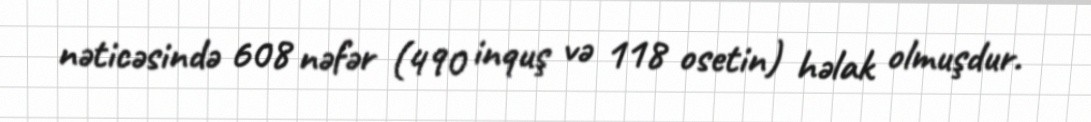
nəticəsində 608 nəfər (490 inquş və 118 osetin) həlak olmuşdur.